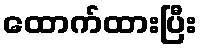
ထောက်ထားပြီး